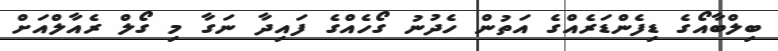
ބިލްބާއޯގެ ޑިފެންޑަރެއްގެ އަތުން ހެދުނު ގޯހެއްގެ ފައިދާ ނަގާ މި ގޯލް ރެއާލްއަށް